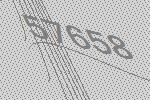
57658